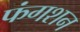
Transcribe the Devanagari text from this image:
फंगशन